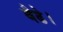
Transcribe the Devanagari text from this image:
बैढे।